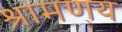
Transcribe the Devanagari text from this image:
श्रामणय